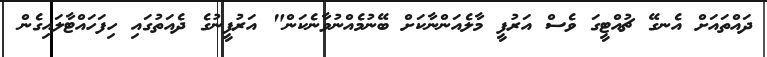
ދައްތައަށް އެނގޭ ޗުއްޓީގަ ވެސް އަރުފީ މާލެއަންނާކަށް ބޭނުމެއްނުވާނެކަން" އަރުފީނުގެ ދެއަތުގައި ހިފަހައްޓާލައިގެން